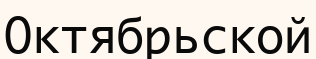
Октябрьской